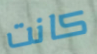
كانت